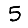
Digit: 5